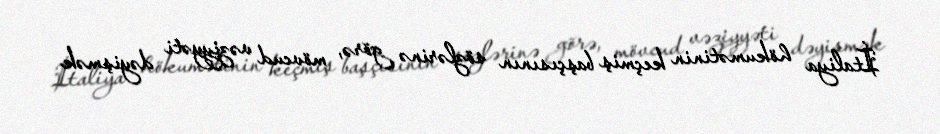
İtaliya hökumətinin keçmiş başçısının sözlərinə görə, mövcud vəziyyəti dəyişmək